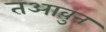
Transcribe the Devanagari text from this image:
तआवुन